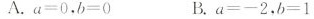
A. a=0，B=0 B. a=-2，b=1